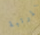
المرتبة